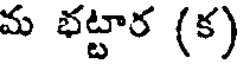
మ భట్టార (క)